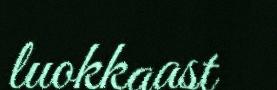
luokkaast